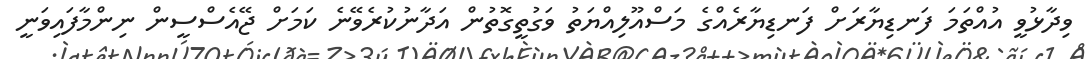
ވިދާޅުވީ އުއްތަމަ ފަނޑިޔާރަށް ފަނޑިޔާރެއްގެ މަސްއޫލިއްޔަތު ވަގުތީގޮތުން އަދާނުކުރެވޭނެ ކަމަށް ޖޭއެސްސީން ނިންމާފައިވަނީ